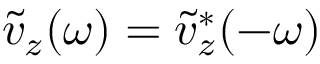
\tilde { v } _ { z } ( \omega ) = \tilde { v } _ { z } ^ { * } ( - \omega )